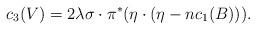
LaTeX: \begin{align*}c_3(V)= 2\lambda \sigma\cdot \pi^{*}(\eta\cdot(\eta-nc_1(B))).\end{align*}